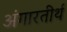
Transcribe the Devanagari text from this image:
अंगारतीर्थ